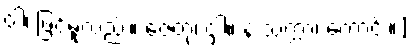
ဝါ၊ ဖြင့်မူလည်း။ ဇေတုံ၊ ငှါ။ န သက္ကာ၊ ကောင်း။]